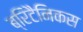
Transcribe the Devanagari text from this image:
ब्रिटैनिकस